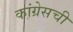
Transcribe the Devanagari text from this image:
कांग्रेसची